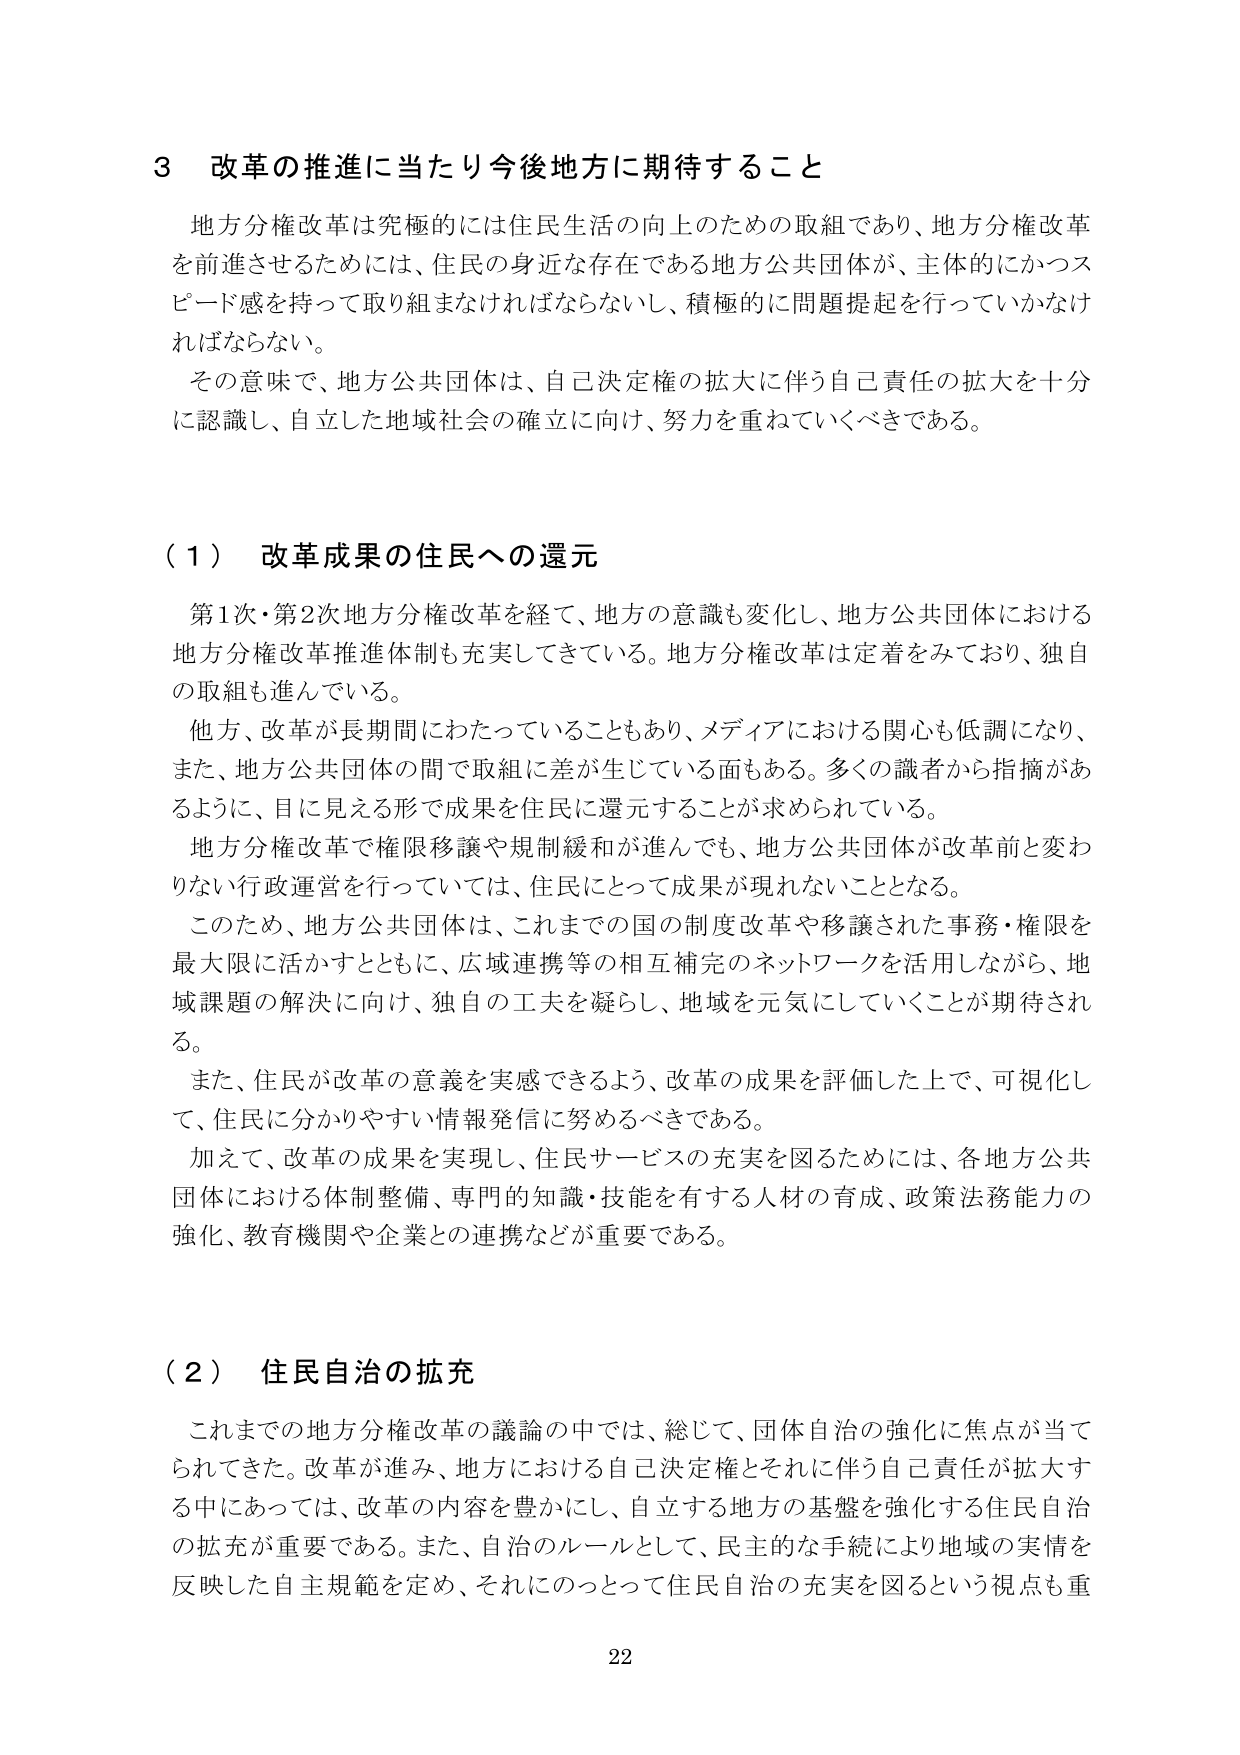
3 改革の推進に当たり今後地方に期待すること

地方分権改革は究極的には住民生活の向上のための取組であり、地方分権改革を前進させるためには、住民の身近な存在である地方公共団体が、主体的にかつスピード感を持って取り組まなければならないし、積極的に問題提起を行っていかなければならない。

その意味で、地方公共団体は、自己決定権の拡大に伴う自己責任の拡大を十分に認識し、自立した地域社会の確立に向け、努力を重ねていくべきである。

（1）改革成果の住民への還元

第1次・第2次地方分権改革を経て、地方の意識も変化し、地方公共団体における地方分権改革推進体制も充実してきている。地方分権改革は定着をみており、独自の取組も進んでいる。

他方、改革が長期間にわたっていることもあり、メディアにおける関心も低調になり、また、地方公共団体の間で取組に差が生じている面もある。多くの識者から指摘があるように、目に見える形で成果を住民に還元することが求められている。

地方分権改革で権限移譲や規制緩和が進んでも、地方公共団体が改革前と変わらない行政運営を行っていては、住民にとって成果が現れないこととなる。

このため、地方公共団体は、これまでの国の制度改革や移譲された事務・権限を最大限に活かすとともに、広域連携等の相互補完のネットワークを活用しながら、地域課題の解決に向け、独自の工夫を凝らし、地域を元気にしていくことが期待される。

また、住民が改革の意義を実感できるよう、改革の成果を評価した上で、可視化して、住民に分かりやすい情報発信に努めるべきである。

加えて、改革の成果を実現し、住民サービスの充実を図るためには、各地方公共団体における体制整備、専門的知識・技能を有する人材の育成、政策法務能力の強化、教育機関や企業との連携などが重要である。

（2）住民自治の拡充

これまでの地方分権改革の議論の中では、総じて、団体自治の強化に焦点が当てられてきた。改革が進み、地方における自己決定権とそれに伴う自己責任が拡大する中においては、改革の内容を豊かにし、自立する地方の基盤を強化する住民自治の拡充が重要である。また、自治のルールとして、民主的な手続により地域の実情を反映した自主規範を定め、それにのっとって住民自治の充実を図るという視点も重

22